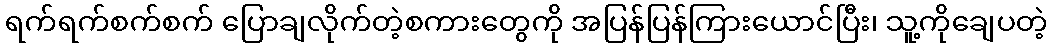
ရက်ရက်စက်စက် ပြောချလိုက်တဲ့စကားတွေကို အပြန်ပြန်ကြားယောင်ပြီး၊ သူ့ကိုချေပတဲ့